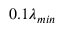
0 . 1 \lambda _ { m i n }